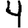
Digit: 4